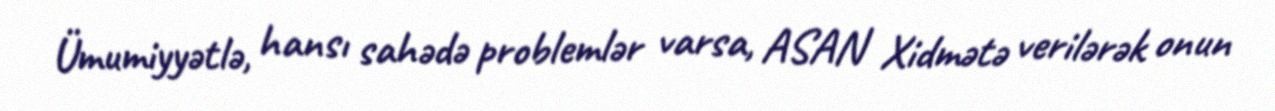
Ümumiyyətlə, hansı sahədə problemlər varsa, ASAN Xidmətə verilərək onun